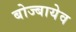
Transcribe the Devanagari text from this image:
बोज्बायेव